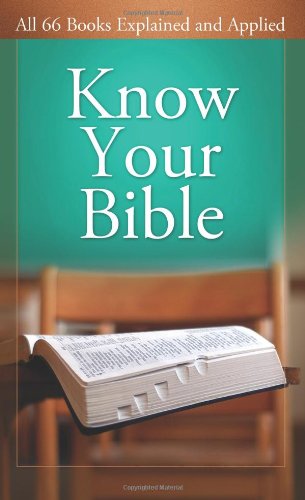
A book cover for Know Your Bible: All 66 Books Explained and Applied (VALUE BOOKS); Paul Kent; Christian Books & Bibles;